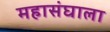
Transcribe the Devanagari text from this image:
महासंघाला